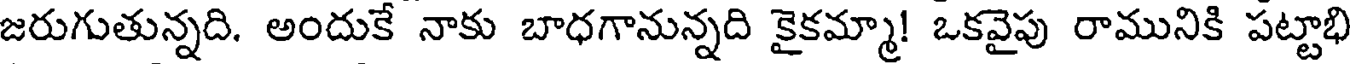
జరుగుతున్నది. అందుకే నాకు బాధగానున్నది కైకమ్మా! ఒకవైపు రామునికి పట్టాభి